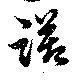
躇